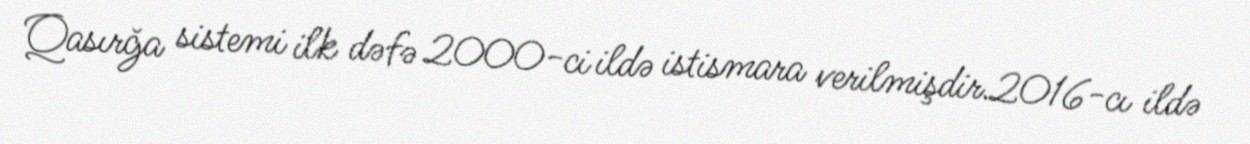
Qasırğa sistemi ilk dəfə 2000-ci ildə istismara verilmişdir.2016-cı ildə